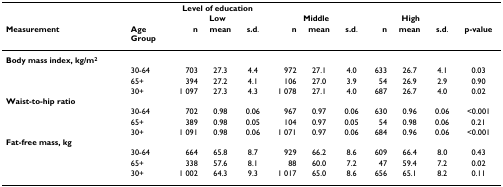
<table><thead><tr><td></td><td></td><td colspan="3"><b>Level of education</b></td><td></td><td></td><td></td><td></td><td></td><td></td><td></td></tr><tr><td></td><td></td><td colspan="3"><b>Low</b></td><td colspan="3"><b>Middle</b></td><td colspan="3"><b>High</b></td><td></td></tr><tr><td><b>Measurement</b></td><td><b>AgeGroup</b></td><td><b>n</b></td><td><b>mean</b></td><td><b>s.d.</b></td><td><b>n</b></td><td><b>mean</b></td><td><b>s.d.</b></td><td><b>n</b></td><td><b>mean</b></td><td><b>s.d.</b></td><td><b>p-value</b></td></tr></thead><tbody><tr><td><b>Body mass index, kg/m<sup>2</sup></b></td><td></td><td></td><td></td><td></td><td></td><td></td><td></td><td></td><td></td><td></td><td></td></tr><tr><td></td><td>30-64</td><td>703</td><td>27.3</td><td>4.4</td><td>972</td><td>27.1</td><td>4.0</td><td>633</td><td>26.7</td><td>4.1</td><td>0.03</td></tr><tr><td></td><td>65+</td><td>394</td><td>27.2</td><td>4.1</td><td>106</td><td>27.0</td><td>3.9</td><td>54</td><td>26.9</td><td>2.9</td><td>0.90</td></tr><tr><td></td><td>30+</td><td>1 097</td><td>27.3</td><td>4.3</td><td>1 078</td><td>27.1</td><td>4.0</td><td>687</td><td>26.7</td><td>4.0</td><td>0.02</td></tr><tr><td><b>Waist-to-hip ratio</b></td><td></td><td></td><td></td><td></td><td></td><td></td><td></td><td></td><td></td><td></td><td></td></tr><tr><td></td><td>30-64</td><td>702</td><td>0.98</td><td>0.06</td><td>967</td><td>0.97</td><td>0.06</td><td>630</td><td>0.96</td><td>0.06</td><td>&lt;0.001</td></tr><tr><td></td><td>65+</td><td>389</td><td>0.98</td><td>0.05</td><td>104</td><td>0.97</td><td>0.05</td><td>54</td><td>0.98</td><td>0.06</td><td>0.21</td></tr><tr><td></td><td>30+</td><td>1 091</td><td>0.98</td><td>0.06</td><td>1 071</td><td>0.97</td><td>0.06</td><td>684</td><td>0.96</td><td>0.06</td><td>&lt;0.001</td></tr><tr><td><b>Fat-free mass, kg</b></td><td></td><td></td><td></td><td></td><td></td><td></td><td></td><td></td><td></td><td></td><td></td></tr><tr><td></td><td>30-64</td><td>664</td><td>65.8</td><td>8.7</td><td>929</td><td>66.2</td><td>8.6</td><td>609</td><td>66.4</td><td>8.0</td><td>0.43</td></tr><tr><td></td><td>65+</td><td>338</td><td>57.6</td><td>8.1</td><td>88</td><td>60.0</td><td>7.2</td><td>47</td><td>59.4</td><td>7.2</td><td>0.02</td></tr><tr><td></td><td>30+</td><td>1 002</td><td>64.3</td><td>9.3</td><td>1 017</td><td>65.0</td><td>8.6</td><td>656</td><td>65.1</td><td>8.2</td><td>0.11</td></tr></tbody></table>